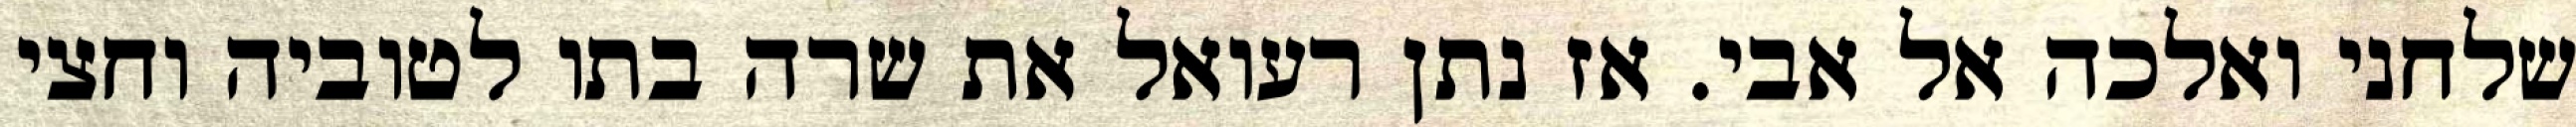
שלחני ואלכה אל אבי. אז נתן רעואל את שרה בתו לטוביה וחצי